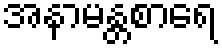
အနာမန္တစာရေ